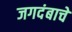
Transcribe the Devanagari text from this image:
जगदंबाचे